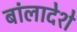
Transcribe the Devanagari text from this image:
बांलादेशे